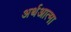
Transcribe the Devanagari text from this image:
अर्थआत्मा